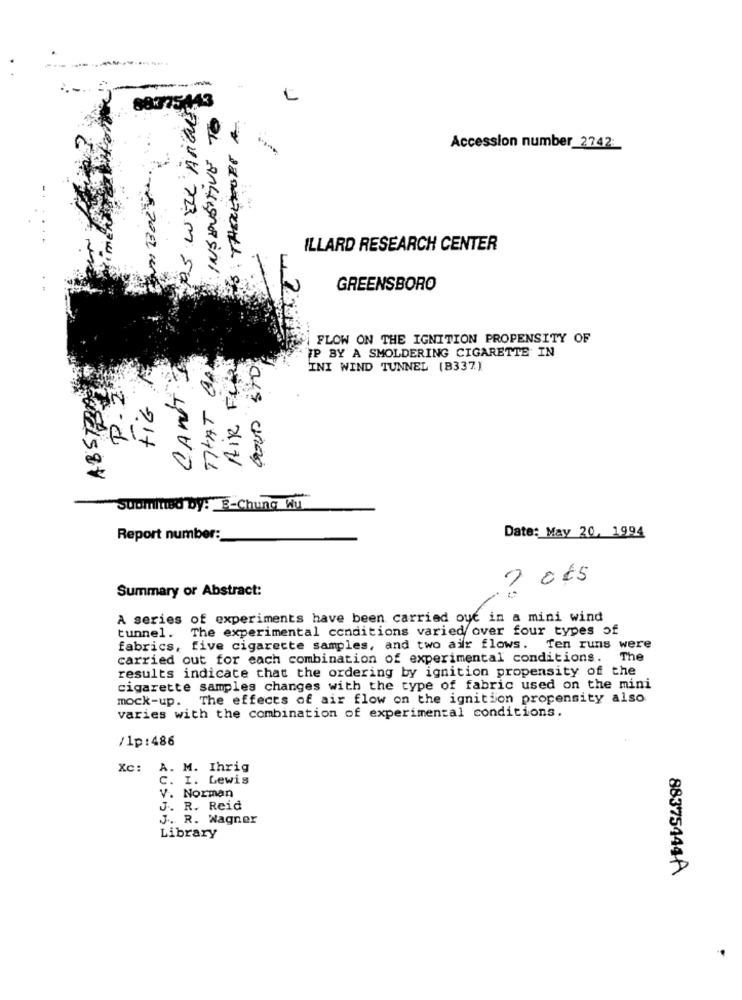
---
AS WELL ARGE
88775443
THEREFORE
Accession number 2742:
ILLARD RESEARCH CENTER
GREENSBORO
FLOW ON THE IGNITION PROPENSITY OF
TP BY A SMOLDERING CIGARETTE IN
AIR FOR
INI WIND TUNNEL (B337)
P.2.
CAN'T.
tiG
100 1HALL
Submitted by: B-Chung Wu
Report number:
Date: May 20, 1994
7 0€5
Summary or Abstract:
A series of experiments have been carried out in a mini wind
tunnel. The experimental conditions varied over four types of
fabrics, five cigarette samples, and two air flows. Ten runs were
carried out for each combination of experimental conditions. The
results indicate that the ordering by ignition propensity of the
cigarette samples changes with the type of fabric used on the mini
mock-up. The effects of air flow on the ignition propensity also
varies with the combination of experimental conditions.
/1p:486
Xc: A. M. Ihrig
c. I. Lewis
V. Norman
J. R. Reid
J. R. Wagner
Library
88375444A